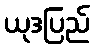
ယုဒပြည်